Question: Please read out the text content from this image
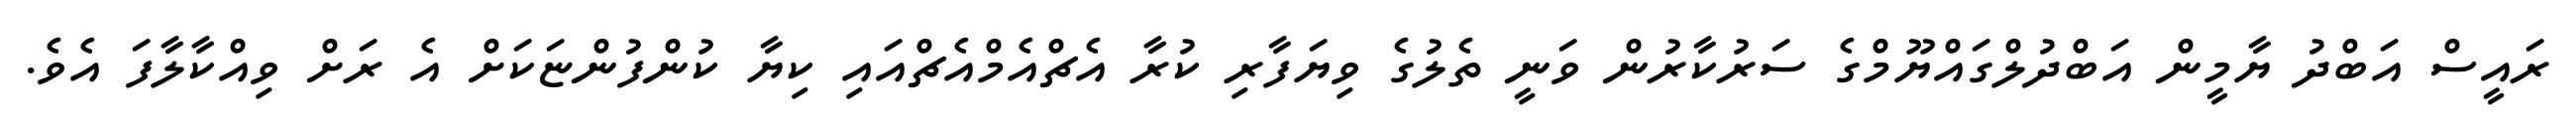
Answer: ރައީސް އަބްދު ޔާމީން އަބްދުލްގައްޔޫމްގެ ސަރުކާރުން ވަނީ ތެލުގެ ވިޔަފާރި ކުރާ އެޗްއެމްއެޗްއައި ކިޔާ ކުންފުންޏަކަށް އެ ރަށް ވިއްކާލާފަ އެވެ.